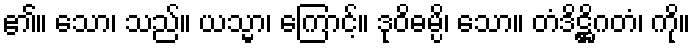
၏။ သော၊ သည်။ ယသ္မာ၊ ကြောင့်။ ဒုဝိဓမ္ပိ၊ သော။ တံဒိဋ္ဌိဂတံ၊ ကို။